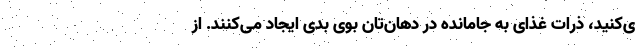
ی‌کنید، ذرات غذای به جامانده در دهان‌تان بوی بدی ایجاد می‌کنند. از